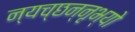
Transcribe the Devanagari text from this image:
न्यच्छन्नृभ्यो